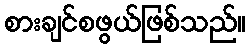
စားချင်စဖွယ်ဖြစ်သည်။